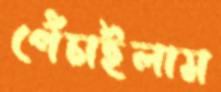
পেঁচাইলাম